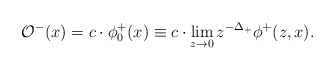
\begin{align*}\mathcal{O}^-(x) = c\cdot\phi^+_0(x) \equiv c\cdot \lim_{z\to 0}z^{-\Delta_+}\phi^+(z,x).\end{align*}